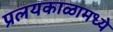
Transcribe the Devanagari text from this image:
प्रलयकाळामध्ये